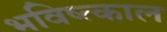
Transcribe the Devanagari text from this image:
भविष्त्काल